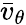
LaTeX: \bar{v}_{\theta}